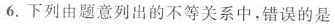
6.下列由题意列出的不等关系中，错误的是